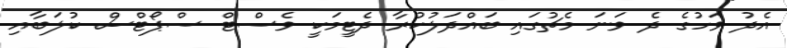
އެދު ވަހުގެ ދެ ވަނަ މެޗުގައި ބައްދަލުކުރާ ދެޓީމަކީ ވެސްޓް ސްޕޯޓްސް ކުލަބާއި